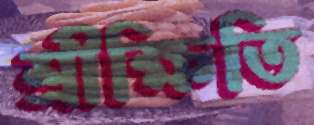
শ্রীক্ষিতি